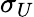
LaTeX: \sigma_{U}